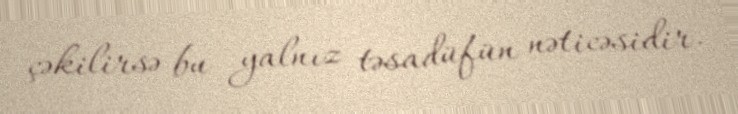
çəkilirsə bu yalnız təsadüfün nəticəsidir.